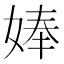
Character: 𡞗